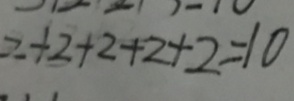
2 + 2 + 2 + 2 + 2 = 1 0